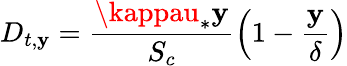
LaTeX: D_{t,\mathbf{y}}=\frac{{\kappau_{*}\mathbf{y}}}{{S_{c}}}\left(1-\frac{{\mathbf{y}}}{{\delta}}\right)